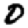
Digit: 0